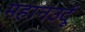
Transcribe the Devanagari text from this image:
महानउर्दू